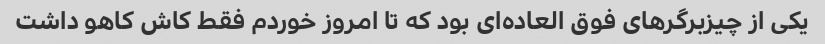
یکی از چیزبرگر‌های فوق العاده‌ای بود که تا امروز خوردم فقط کاش کاهو داشت